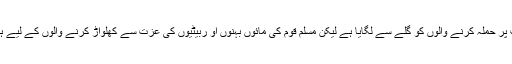
ہمارے اسلاف واکابرین نے اپنی ذات پر حملہ کرنے والوں کو گلے سے لگایا ہے لیکن مسلم قوم کی مائوں بہنوں او ربیٹیوں کی عزت سے کھلواڑ کرنے والوں کے لیے ہمیشہ ضرب موسوی ثابت ہوئے ہیں۔